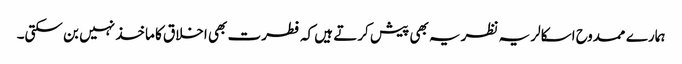
ہمارے ممدوح اسکالر یہ نظریہ بھی پیش کرتے ہیں کہ فطرت بھی اخلاق کا ماخذ نہیں بن سکتی۔